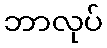
ဘာလုပ်